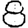
Digit: 8